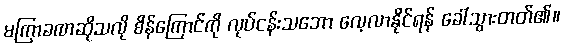
မကြာခဏဆိုသလို စိန်ကြောင်ကို လုပ်ငန်းသဘော လေ့လာနိုင်ရန် ခေါ်သွားတတ်၏။